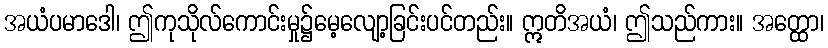
အယံပမာဒေါ၊ ဤကုသိုလ်ကောင်းမှု၌မေ့လျော့ခြင်းပင်တည်း။ ဣတိအယံ၊ ဤသည်ကား။ အတ္ထော၊